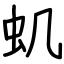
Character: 虮